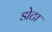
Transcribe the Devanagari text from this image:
डोटा